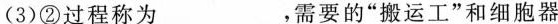
( 3 )②过程称为___，需要的“搬运工”和细胞器